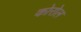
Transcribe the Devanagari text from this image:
कोरोल